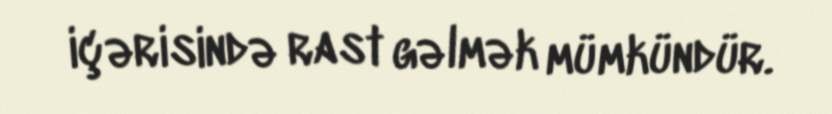
içərisində rast gəlmək mümkündür.